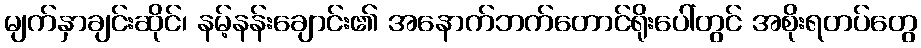
မျက်နှာချင်းဆိုင်၊ နမ့်နန်းချောင်း၏ အနောက်ဘက်တောင်ရိုးပေါ်တွင် အစိုးရတပ်တွေ